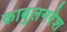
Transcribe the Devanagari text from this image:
काबुलनरेश